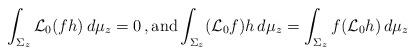
LaTeX: \begin{align*} \int_{\Sigma_z} \mathcal{L}_0 (fh)\, d\mu_z = 0\,,\mbox{and} \int_{\Sigma_z} (\mathcal{L}_0f) h\, d\mu_z = \int_{\Sigma_z} f (\mathcal{L}_0 h)\, d\mu_z \end{align*}